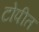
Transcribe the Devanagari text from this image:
टोपीत